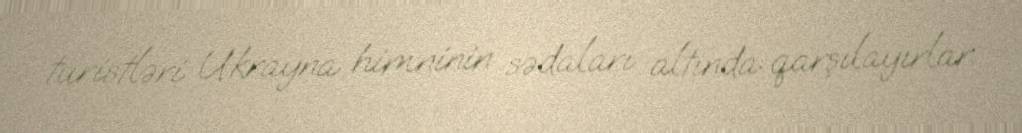
turistləri Ukrayna himninin sədaları altında qarşılayırlar.